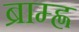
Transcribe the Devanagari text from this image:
ब्राम्ह्ण